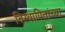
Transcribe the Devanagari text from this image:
विस्थापितांच्या